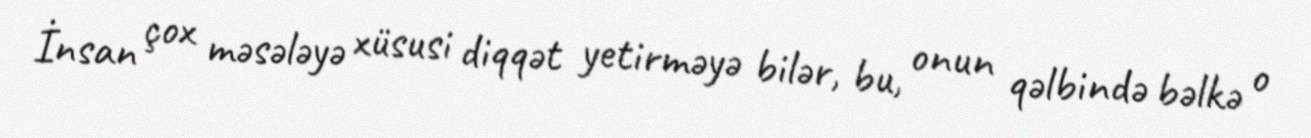
İnsan çox məsələyə xüsusi diqqət yetirməyə bilər, bu, onun qəlbində bəlkə o